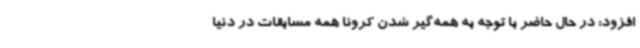
افزود: در حال حاضر با توجه به همه‌گیر شدن کرونا همه مسابقات در دنیا